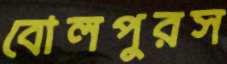
বোলপুরস